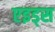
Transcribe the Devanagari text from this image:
एइड्स